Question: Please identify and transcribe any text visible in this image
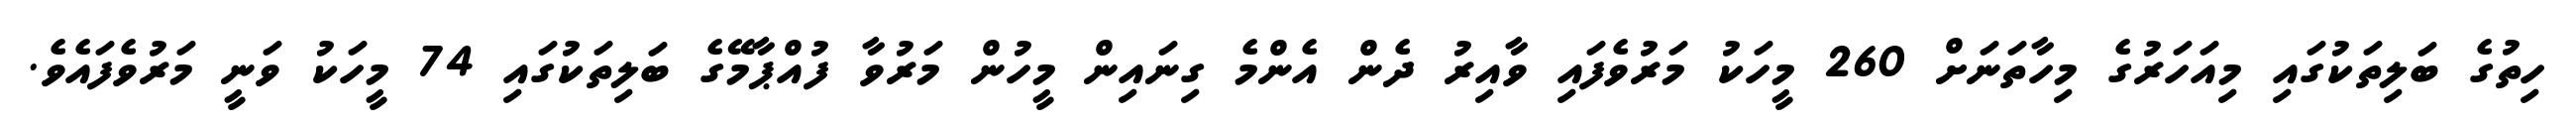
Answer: ހިތުގެ ބަލިތަކުގައި މިއަހަރުގެ މިހާތަނަށް 260 މީހަކު މަރުވެފައި ވާއިރު ދެން އެންމެ ގިނައިން މީހުން މަރުވާ ފުއްޕާމޭގެ ބަލިތަކުގައި 74 މީހަކު ވަނީ މަރުވެފައެވެ.